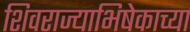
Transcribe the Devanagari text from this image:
शिवराज्याभिषेकाच्या